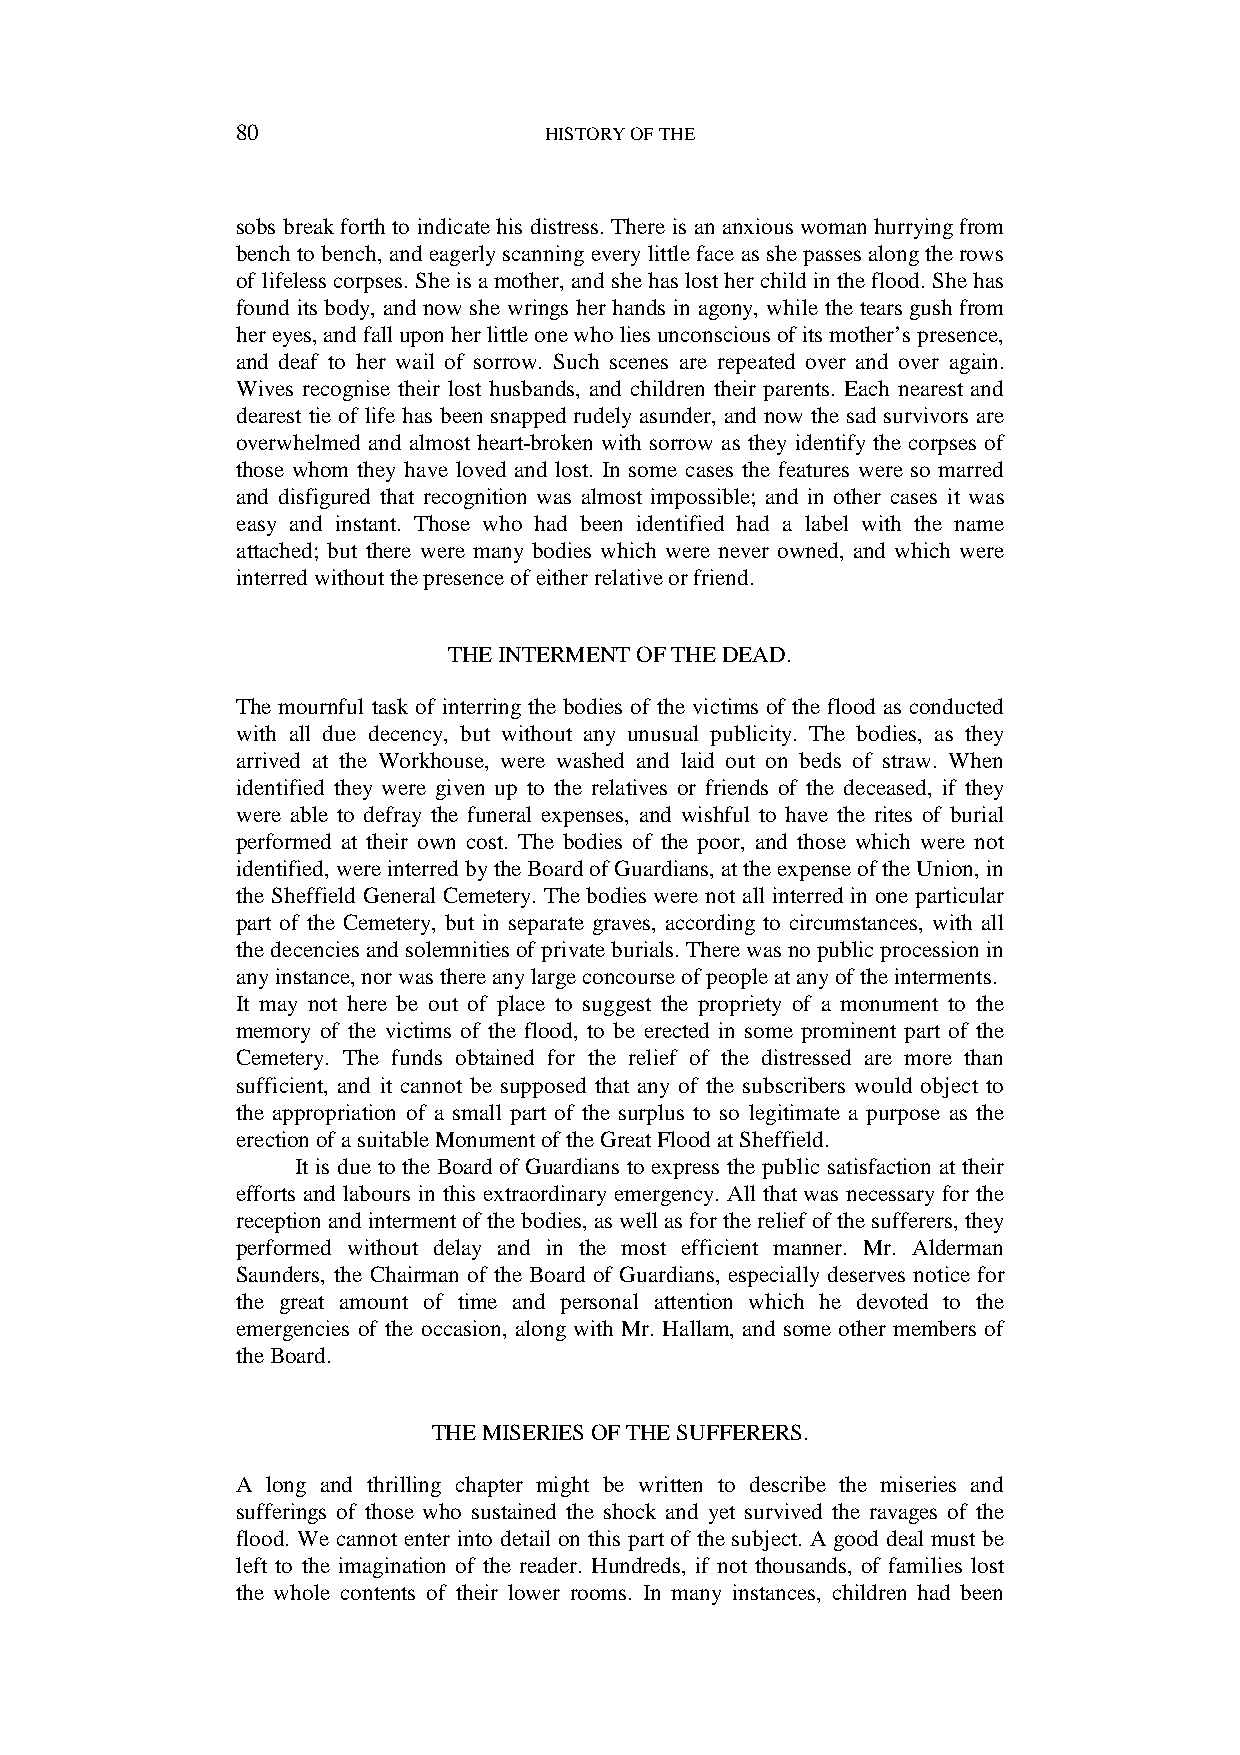
80                  HISTORY OF THE
 sobs break forth to indicate his distress. There is an anxious woman hurrying from
 bench to bench, and eagerly scanning every little face as she passes along the rows
 of lifeless corpses. She is a mother, and she has lost her child in the flood. She has
 found its body, and now she wrings her hands in agony, while the tears gush from
 her eyes, and fall upon her little one who lies unconscious of its mother’s presence,
 and deaf to her wail of sorrow. Such scenes are repeated over and over again.
 Wives recognise their lost husbands, and children their parents. Each nearest and
 dearest tie of life has been snapped rudely asunder, and now the sad survivors are
 overwhelmed and almost heart-broken with sorrow as they identify the corpses of
 those whom they have loved and lost. In some cases the features were so marred
 and disfigured that recognition was almost impossible; and in other cases it was
 easy and instant. Those who had been identified had a label with the name
 attached; but there were many bodies which were never owned, and which were
 interred without the presence of either relative or friend.
 THE INTERMENT OF THE DEAD.
 The mournful task of interring the bodies of the victims of the flood as conducted
 with all due decency, but without any unusual publicity. The bodies, as they
 arrived at the Workhouse, were washed and laid out on beds of straw. When
 identified they were given up to the relatives or friends of the deceased, if they
 were able to defray the funeral expenses, and wishful to have the rites of burial
 performed at their own cost. The bodies of the poor, and those which were not
 identified, were interred by the Board of Guardians, at the expense of the Union, in
 the Sheffield General Cemetery. The bodies were not all interred in one particular
 part of the Cemetery, but in separate graves, according to circumstances, with all
 the decencies and solemnities of private burials. There was no public procession in
 any instance, nor was there any large concourse of people at any of the interments.
 It may not here be out of place to suggest the propriety of a monument to the
 memory of the victims of the flood, to be erected in some prominent part of the
 Cemetery. The funds obtained for the relief of the distressed are more than
 sufficient, and it cannot be supposed that any of the subscribers would object to
 the appropriation of a small part of the surplus to so legitimate a purpose as the
 erection of a suitable Monument of the Great Flood at Sheffield.
 It is due to the Board of Guardians to express the public satisfaction at their
 efforts and labours in this extraordinary emergency. All that was necessary for the
 reception and interment of the bodies, as well as for the relief of the sufferers, they
 performed without delay and in the most efficient manner. Mr. Alderman
 Saunders, the Chairman of the Board of Guardians, especially deserves notice for
 the great amount of time and personal attention which he devoted to the
 emergencies of the occasion, along with Mr. Hallam, and some other members of
 the Board.
 THE MISERIES OF THE SUFFERERS.
 A long and thrilling chapter might be written to describe the miseries and
 sufferings of those who sustained the shock and yet survived the ravages of the
 flood. We cannot enter into detail on this part of the subject. A good deal must be
 left to the imagination of the reader. Hundreds, if not thousands, of families lost
 the whole contents of their lower rooms. In many instances, children had been